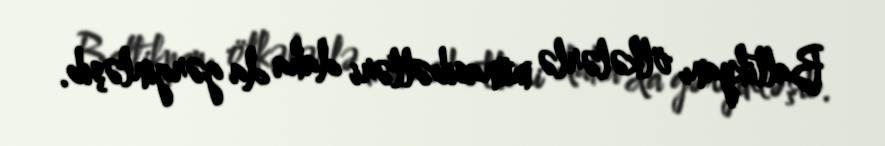
Baltikyanı ölkələrlə münasibətləri daha da gərginləşib.